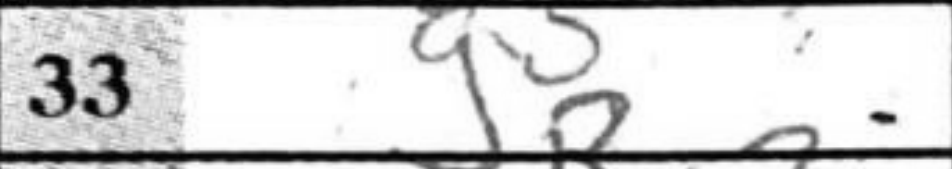
Transcription: g5